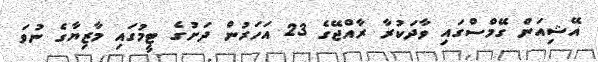
އޭޝިއަން ގޭމްސްގައި ވާދަކުރާ ރާއްޖޭގެ 23 އަހަރުން ދަށުގެ ޓީމުގައި މާޒިޔާގެ ނުވަ